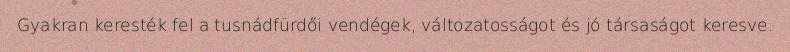
Gyakran keresték fel a tusnádfürdői vendégek, változatosságot és jó társaságot keresve.